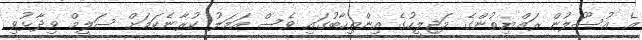
އެ އުސޫލުން ރައްޔިތުންގެ މަޖިލީހުގެ އިންތިހާބުގައި ވެސް އަމަލު ކުރާނެކަމަށް ސަލީމް ވިދާޅުވި